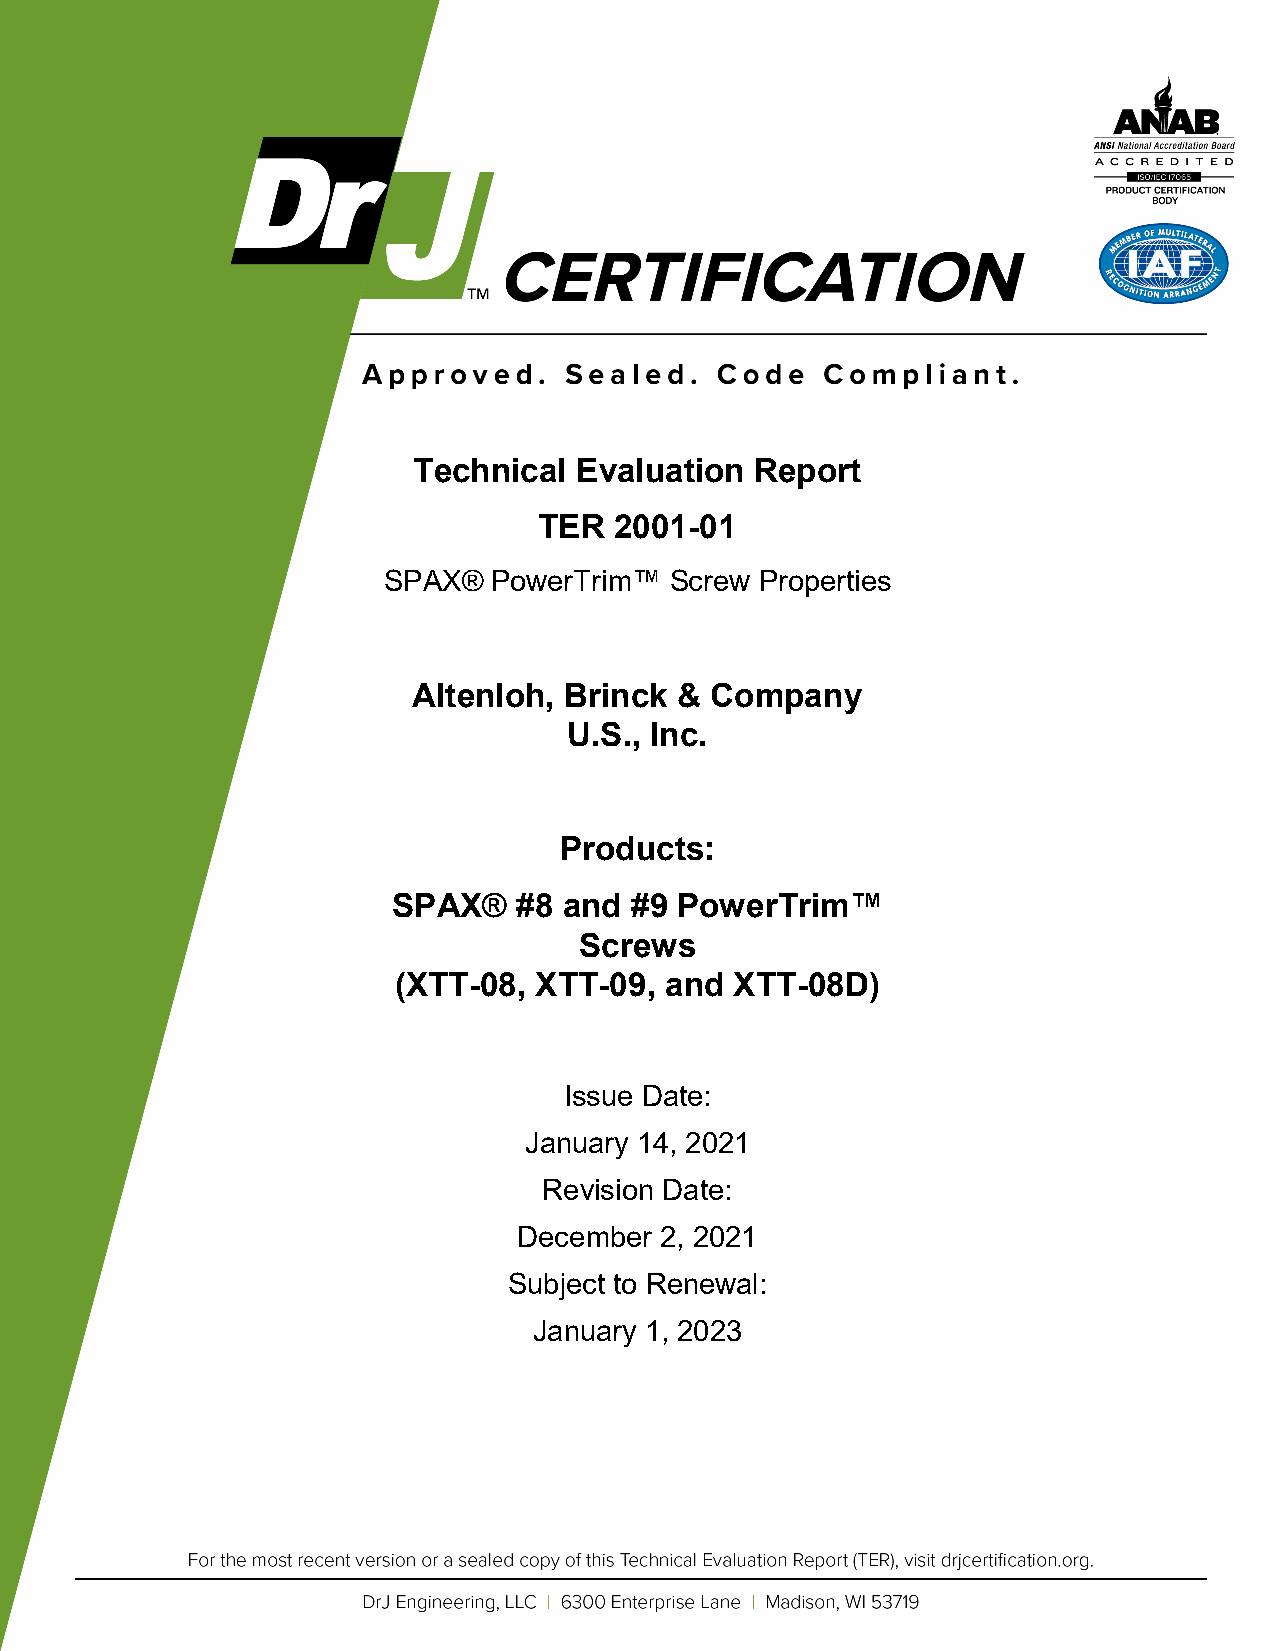
Technical  Evaluation  Report
 TER  2001-01
 SPAX®   PowerTrim™ Screw Properties
 Altenloh, Brinck  & Company
 U.S., Inc.
 Products:
 SPAX®   #8 and  #9 PowerTrim™
 Screws
 (XTT-08, XTT-09,  and  XTT-08D)
 Issue Date:
 January 14, 2021
 Revision Date:
 December  2, 2021
 Subject to Renewal:
 January 1, 2023